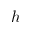
h